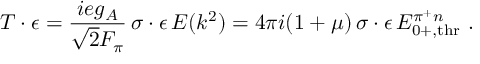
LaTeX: \boldsymbol { T } \cdot \boldsymbol { \epsilon } = \frac { i e g _ { A } } { \sqrt { 2 } F _ { \pi } } \, \boldsymbol { \sigma } \cdot \boldsymbol { \epsilon } \, E ( k ^ { 2 } ) = 4 \pi i ( 1 + \mu ) \, \boldsymbol { \sigma } \cdot \boldsymbol { \epsilon } \, E _ { 0 + , \mathrm { t h r } } ^ { \pi ^ { + } n } ~ .